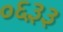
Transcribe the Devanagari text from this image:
०६३३